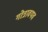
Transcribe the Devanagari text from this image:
गोत्रावयव